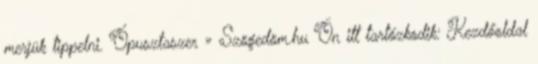
merjük tippelni. Ópusztaszer » Szögedöm.hu Ön itt tartózkodik: Kezdőoldal